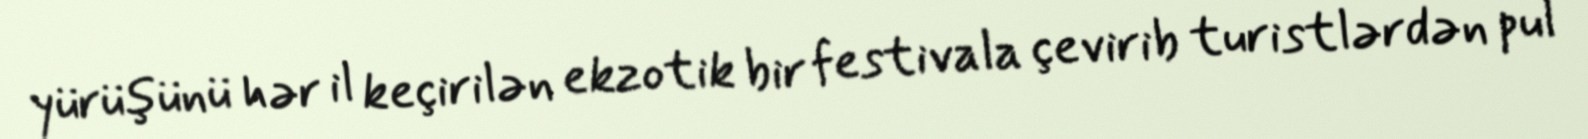
yürüşünü hər il keçirilən ekzotik bir festivala çevirib turistlərdən pul